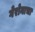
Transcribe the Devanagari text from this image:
गेरोनाचा